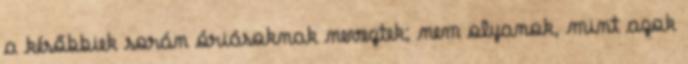
a későbbiek során óriásoknak neveztek; nem olyanok, mint azok